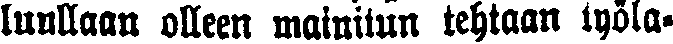
luullaan olleen mainitun tehtaan työlä-